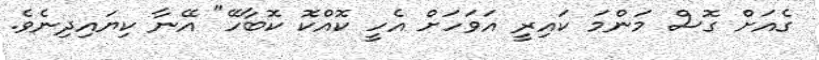
ގެއަށް ގޮސް މަންމަ ކައިރީ އަވަހަށް އެހީ ކޮއްކޮ ކޮބާހޭ" އޭނާ ކިޔައިދިނެވެ.